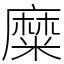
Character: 糜